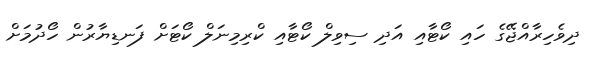
ދިވެހިރާއްޖޭގެ ހައި ކޯޓާއި އަދި ސިވިލް ކޯޓާއި ކްރިމިނަލް ކޯޓަށް ފަނޑިޔާރުން ހޯދުމަށް